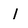
Character: 1